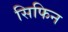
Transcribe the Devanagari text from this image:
सिफिन